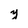
Character: y